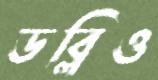
ডব্লিও